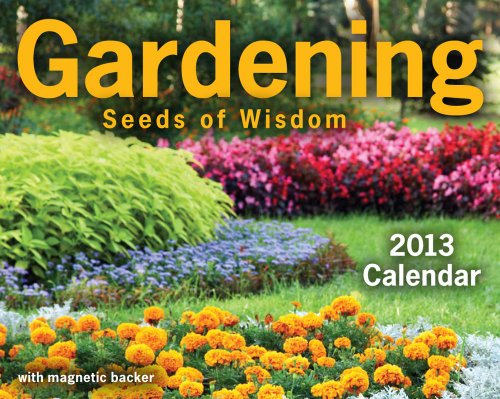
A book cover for Gardening 2013 Mini Day-to-Day Calendar: Seeds of Wisdom; LLC Andrews McMeel Publishing; Calendars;